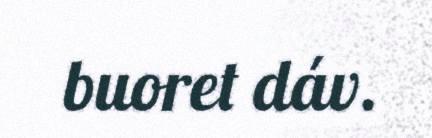
buoret dáv.